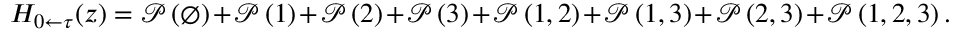
H _ { 0 \leftarrow \tau } ( z ) = \mathcal P \left( \varnothing \right) + \mathcal P \left( 1 \right) + \mathcal P \left( 2 \right) + \mathcal P \left( 3 \right) + \mathcal P \left( 1 , 2 \right) + \mathcal P \left( 1 , 3 \right) + \mathcal P \left( 2 , 3 \right) + \mathcal P \left( 1 , 2 , 3 \right) .